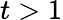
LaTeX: t>1